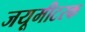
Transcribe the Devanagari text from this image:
जयूमीटरक